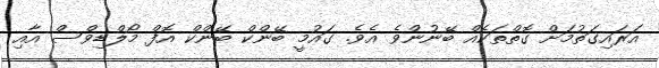
އަރައިގަތުމަށް ގޮތްތަކެއް ބޭނުންވެ އެވެ. ގައުމީ ބޭންކް ބޭންކް އޮފް މޯލްޑިވްސް އާއި